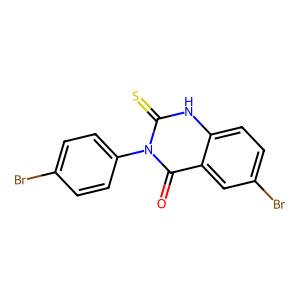
SMILES: O=c1c2cc(Br)ccc2[nH]c(=S)n1-c1ccc(Br)cc1
Inhibits HIV replication: No